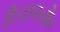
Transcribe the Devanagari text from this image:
है।एन॰के॰